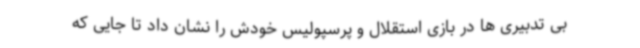
بی تدبیری ها در بازی استقلال و پرسپولیس خودش را نشان داد تا جایی که